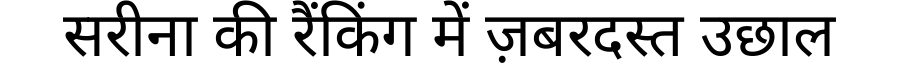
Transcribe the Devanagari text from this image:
सरीना की रैंकिंग में ज़बरदस्त उछाल